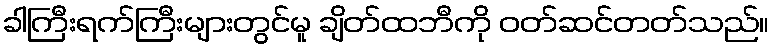
ခါကြီးရက်ကြီးများတွင်မူ ချိတ်ထဘီကို ဝတ်ဆင်တတ်သည်။